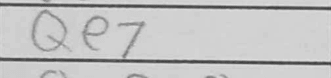
Transcription: Qe7